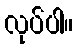
လုပ်ပါ။